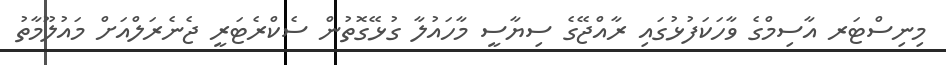
މިނިސްޓަރ އާސިމްގެ ވާހަކަފުޅުގައި ރާއްޖޭގެ ސިޔާސީ މާހައުލާ ގުޅޭގޮތުން ސެކްރެޓަރީ ޖެނެރަލްއަށް މައުލޫމާތު